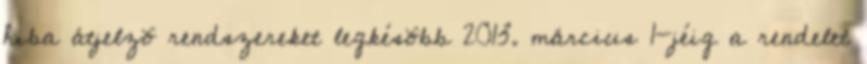
hiba átjelzõ rendszereket legkésõbb 2013. március 1-jéig a rendelet